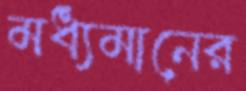
মধ্যমানের